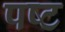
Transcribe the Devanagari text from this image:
पष्ट